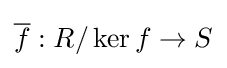
{\overline {f}}:R/\ker f\to S